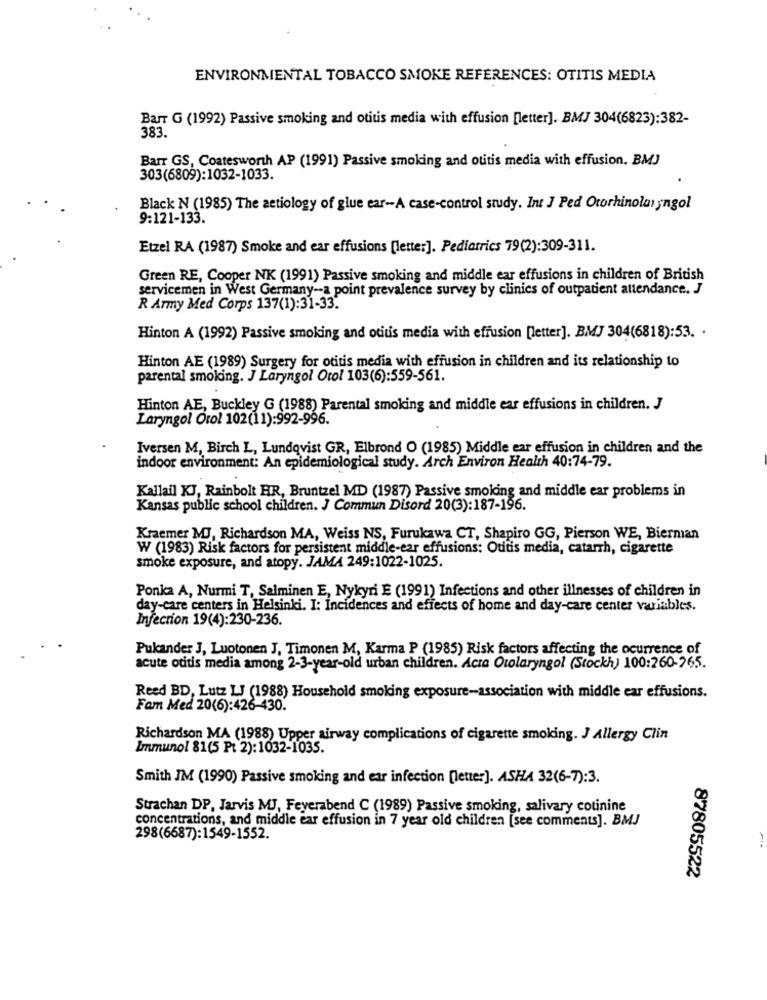
ENVIRONMENTAL TOBACCO SMOKE REFERENCES: OTITIS MEDIA
Barr G (1992) Passive smoking and otitis media with effusion [letter]. BMJ 304(6823):382-
383.
Barr GS, Coatesworth AP (1991) Passive smoking and otitis media with effusion. BMJ
303(6809):1032-1033.
Black N (1985) The aetiology of glue ear -- A case-control study. Int J Ped Otorhinolaryngol
9:121-133.
Etzel RA (1987) Smoke and ear effusions [letter]. Pediatrics 79(2):309-311.
Green RE, Cooper NK (1991) Passive smoking and middle ear effusions in children of British
servicemen in West Germany -- a point prevalence survey by clinics of outpatient attendance. J
R Army Med Corps 137(1):31-33.
Hinton A (1992) Passive smoking and otitis media with effusion [letter]. BMJ 304(6818):53. .
Hinton AE (1989) Surgery for otitis media with effusion in children and its relationship to
parental smoking. J Laryngol Orol 103(6):559-561.
Hinton AE, Buckley G (1988) Parental smoking and middle ear effusions in children. J
Laryngol Orol 102(11):992-996.
Iversen M, Birch L, Lundqvist GR, Elbrond O (1985) Middle ear effusion in children and the
indoor environment: An epidemiological study. Arch Environ Health 40:74-79.
Kallail KJ, Rainbolt HR, Bruntzel MD (1987) Passive smoking and middle ear problems in
Kansas public school children. J Commun Disord 20(3):187-196.
Kraemer MJ, Richardson MA, Weiss NS, Furukawa CT, Shapiro GG, Pierson WE, Bierman
W (1983) Risk factors for persistent middle-ear effusions: Otitis media, catarrh, cigarette
smoke exposure, and atopy. JAMA 249:1022-1025.
Ponka A, Nurmi T, Salminen E, Nykyri E (1991) Infections and other illnesses of children in
day-care centers in Helsinki. I: Incidences and effects of home and day-care center variables.
Infection 19(4):230-236.
Pukander J, Luotonen J, Timonen M, Karma P (1985) Risk factors affecting the ocurrence of
acute otitis media among 2-3-year-old urban children. Acta Otolaryngol (Stockh) 100:260-265.
Reed BD, Lutz LJ (1988) Household smoking exposure-association with middle ear effusions.
Fam Med 20(6):426-430.
Richardson MA (1988) Upper airway complications of cigarette smoking. J Allergy Clin
Immunol 81(5 Pt 2):1032-1035.
Smith JM (1990) Passive smoking and ear infection [letter]. ASHA 32(6-7): 3.
Strachan DP, Jarvis MJ, Feyerabend C (1989) Passive smoking, salivary cotinine
concentrations, and middle ear effusion in 7 year old children [see comments]. BMJ
298(6687):1549-1552.
87805522